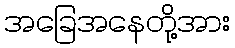
အခြေအနေတို့အား